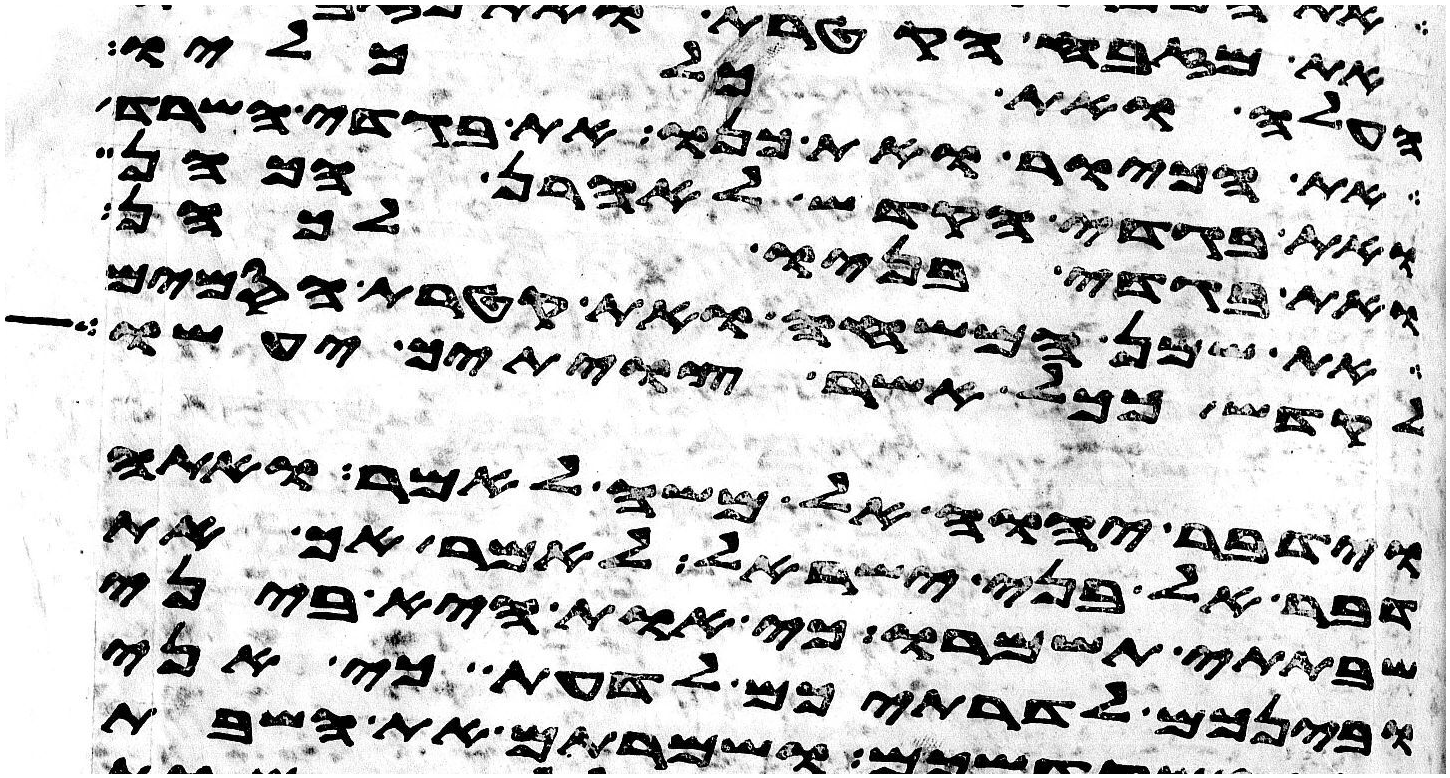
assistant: העלה ואת כל כליו
את הכיור ואת כנו את בגדי השרד
ואת בגדי הקדש לאהרן הכהן
ואת בגדי בניו לכהן
את שמן המשחה ואת קטרת הסמים
לקדש ככל אשר צויתיך יעשו
וידבר יהוה אל משה לאמר ואתה
דבר אל בני ישראל לאמר אך את
שבתתי תשמרו כי אות היא ביני
ובינכם לדרתיכם לדעת כי אני